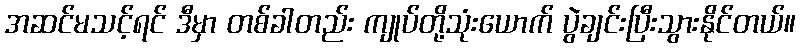
အဆင်မသင့်ရင် ဒီမှာ တစ်ခါတည်း ကျုပ်တို့သုံးယောက် ပွဲချင်းပြီးသွားနိုင်တယ်။